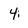
Character: 4